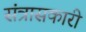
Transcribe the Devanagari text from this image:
संत्रासकारी